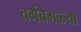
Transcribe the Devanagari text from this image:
वर्गवेगळ्या